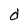
Character: d